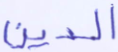
الدين